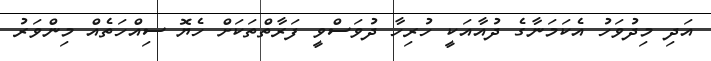
އަދި މިދުވަހު އެކަމަނާގެ ދުއާއަކީ ހުރިހާ ދުވަސްވީ ފަރާތްތަކަށް ހެޔޮ ސިއްހަތެއް މިންވަރު